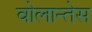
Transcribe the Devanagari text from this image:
वोलान्तेस